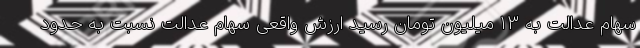
سهام عدالت به ۱۳ میلیون تومان رسید ارزش واقعی سهام عدالت نسبت به حدود